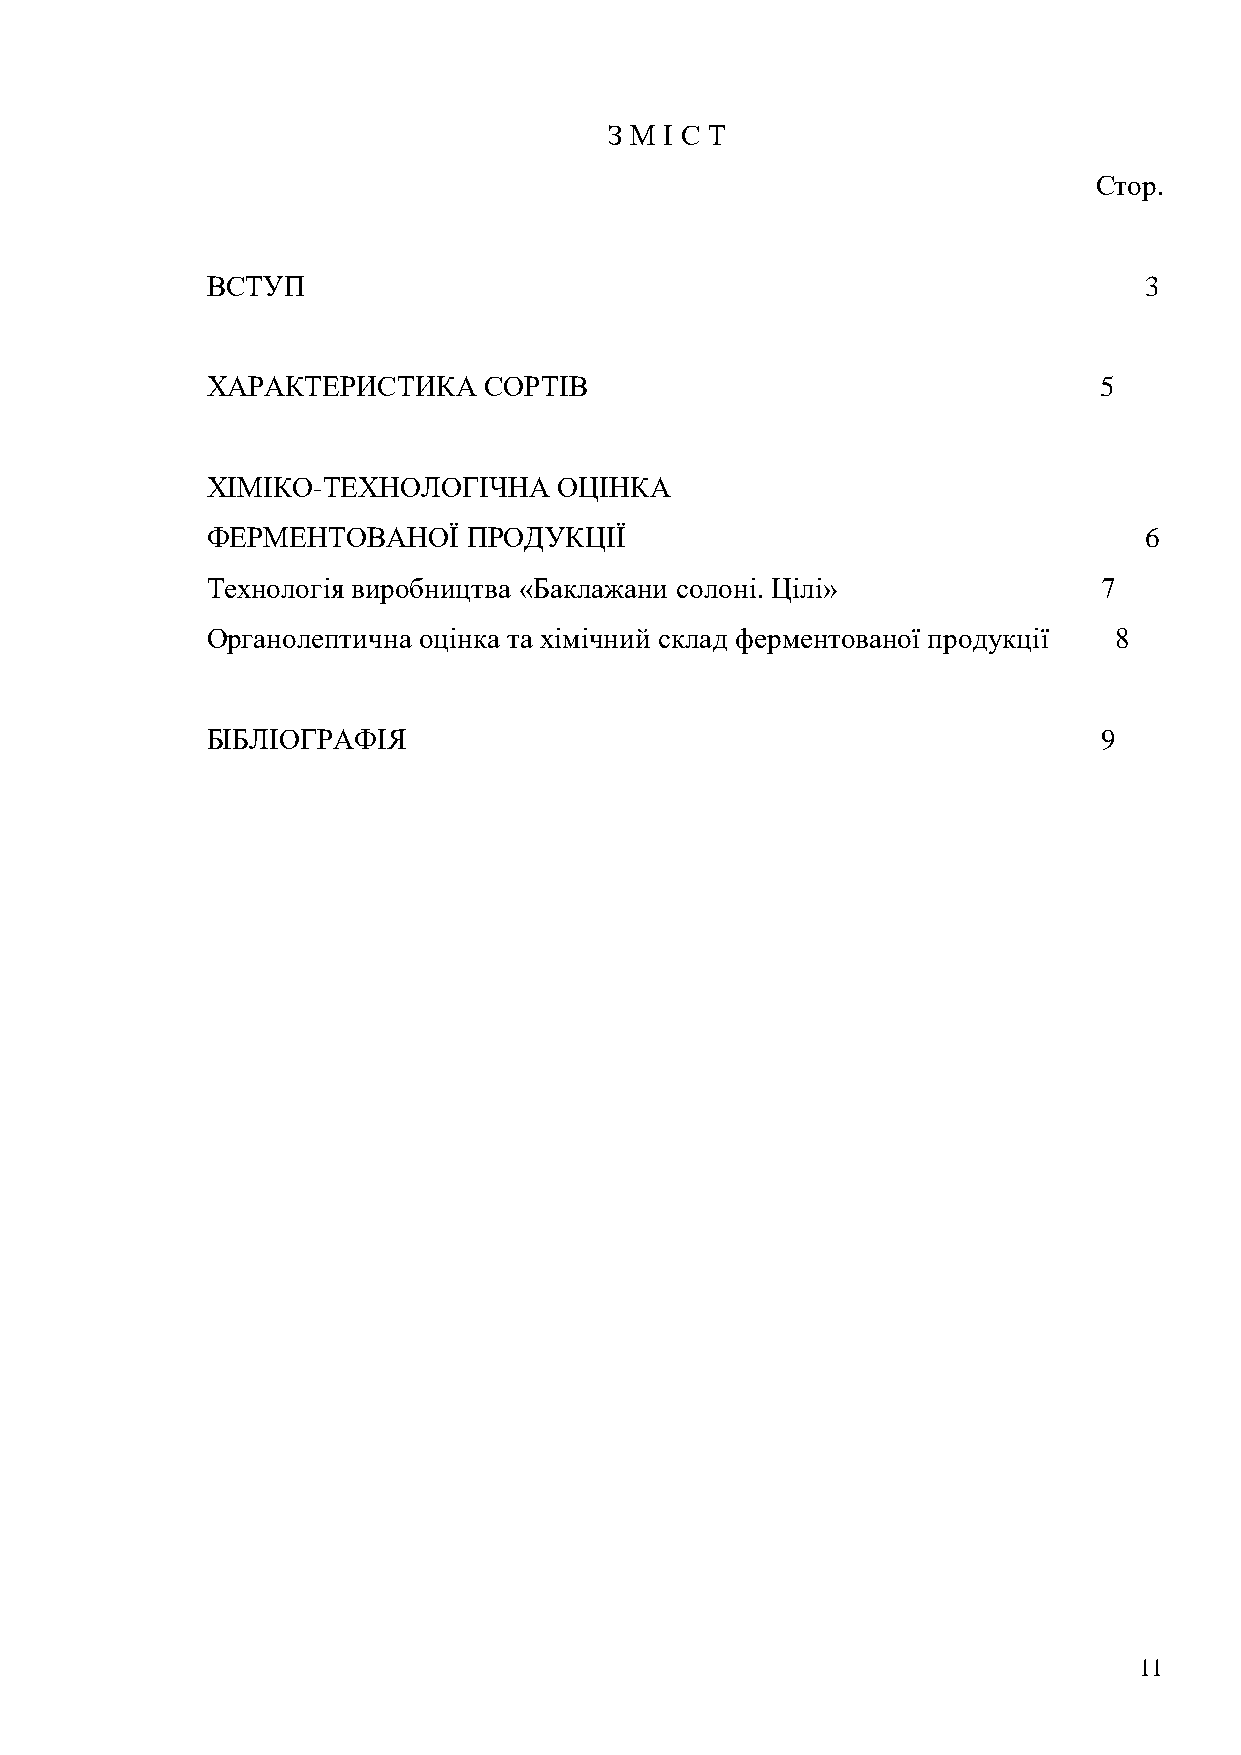
З М І С Т
 Стор.
 ВСТУП                                                         3
 ХАРАКТЕРИСТИКА    СОРТІВ                                   5
 ХІМІКО-ТЕХНОЛОГІЧНА    ОЦІНКА
 ФЕРМЕНТОВАНОЇ    ПРОДУКЦІЇ                                    6
 Технологія виробництва «Баклажани солоні. Цілі»            7
 Органолептична оцінка та хімічний склад ферментованої продукції 8
 БІБЛІОГРАФІЯ                                               9
 11